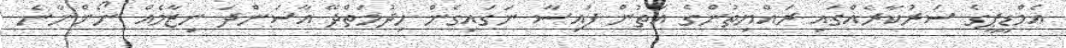
އެމްޑީޕީގެ ސަރުކާރެއްގައި ރައްޔިތުންގެ އަތުން ފައިސާ ނަގައިގެން ހިދުމަތްދޭ އާސަންދަ ނިޒާމެއް ނޯންނާނެ